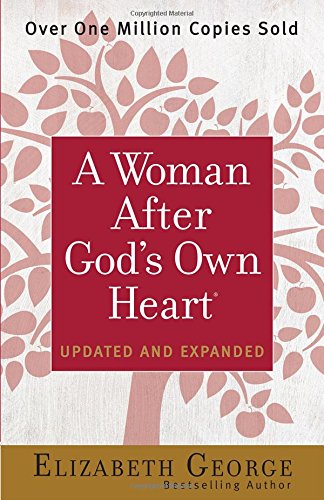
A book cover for A Woman After God's Own Heart; Elizabeth George; Christian Books & Bibles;